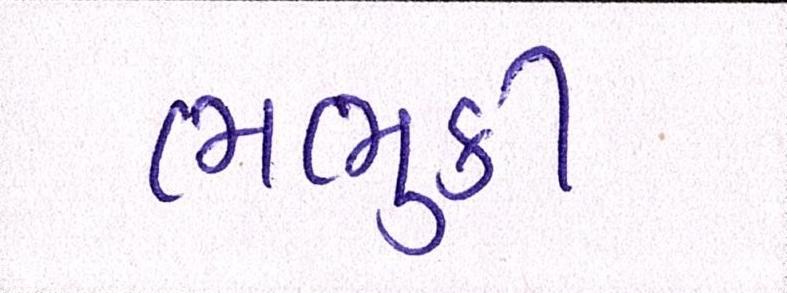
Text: ભભુકી